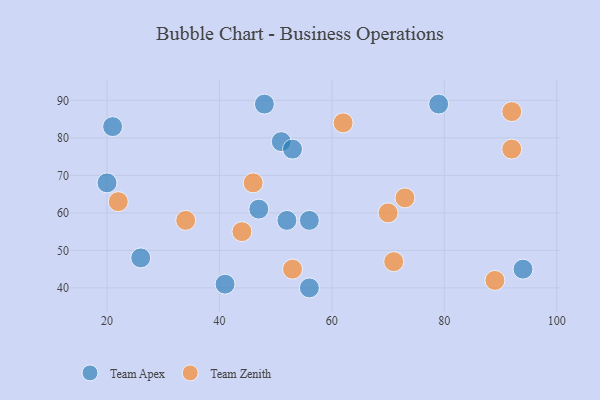
{"axis": {"x": "GDP", "y": "Life Expectancy"}, "legend": ["Team Apex", "Team Zenith"], "data": [{"x": "41", "y": 41, "type": "Team Apex"}, {"x": "94", "y": 45, "type": "Team Apex"}, {"x": "51", "y": 79, "type": "Team Apex"}, {"x": "56", "y": 58, "type": "Team Apex"}, {"x": "52", "y": 58, "type": "Team Apex"}, {"x": "21", "y": 83, "type": "Team Apex"}, {"x": "56", "y": 40, "type": "Team Apex"}, {"x": "79", "y": 89, "type": "Team Apex"}, {"x": "26", "y": 48, "type": "Team Apex"}, {"x": "48", "y": 89, "type": "Team Apex"}, {"x": "53", "y": 77, "type": "Team Apex"}, {"x": "47", "y": 61, "type": "Team Apex"}, {"x": "20", "y": 68, "type": "Team Apex"}, {"x": "22", "y": 63, "type": "Team Zenith"}, {"x": "46", "y": 68, "type": "Team Zenith"}, {"x": "92", "y": 87, "type": "Team Zenith"}, {"x": "89", "y": 42, "type": "Team Zenith"}, {"x": "53", "y": 45, "type": "Team Zenith"}, {"x": "34", "y": 58, "type": "Team Zenith"}, {"x": "62", "y": 84, "type": "Team Zenith"}, {"x": "92", "y": 77, "type": "Team Zenith"}, {"x": "71", "y": 47, "type": "Team Zenith"}, {"x": "73", "y": 64, "type": "Team Zenith"}, {"x": "44", "y": 55, "type": "Team Zenith"}, {"x": "70", "y": 60, "type": "Team Zenith"}]}